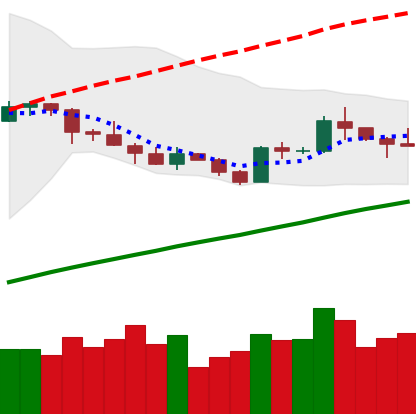
Ticker: LTC-USD
Chart end date: 2019-05-07
Forward return: 13.217%
Label: up_7plus